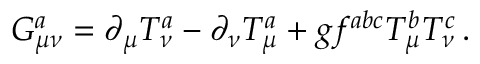
G _ { \mu \nu } ^ { a } = \partial _ { \mu } T _ { \nu } ^ { a } - \partial _ { \nu } T _ { \mu } ^ { a } + g f ^ { a b c } T _ { \mu } ^ { b } T _ { \nu } ^ { c } \, .